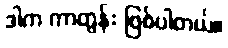
ဒါက ကာတွန်း ဖြစ်ပါတယ်။